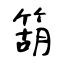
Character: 箶